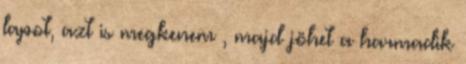
lapot, azt is megkenem , majd jöhet a harmadik